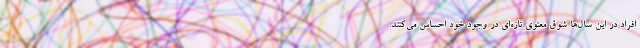
افراد در این سال‌ها شوقِ معنویِ تازه‌ای در وجود خود احساس می‌کنند.